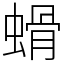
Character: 螖